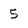
Character: 5